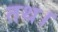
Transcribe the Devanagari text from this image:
तथ।